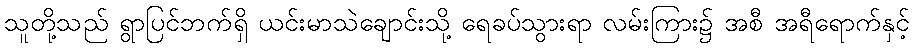
သူတို့သည် ရွာပြင်ဘက်ရှိ ယင်းမာသဲချောင်းသို့ ရေခပ်သွားရာ လမ်းကြား၌ အစီ အရီရောက်နှင့်